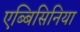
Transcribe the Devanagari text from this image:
एब्बिसिनिया